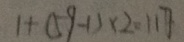
1 + ( 5 9 - 1 ) \times 2 = 1 1 7